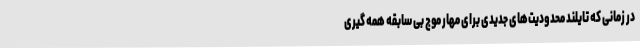
در زمانی که تایلند محدودیت‌های جدیدی برای مهار موج بی سابقه همه گیری